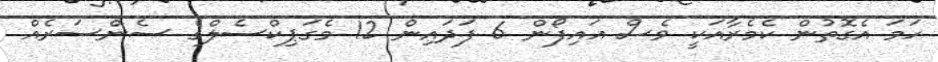
ހަމަ އެގޮތުން ކެމެރާއަކީ ވެސް އައިފޯން 6 ފަދައިން 12 މެގަޕިކްސެލްގެ ސެންސަރެއް